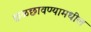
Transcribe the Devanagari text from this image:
छळछावण्यामधील